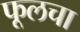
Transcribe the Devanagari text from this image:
फूलचा